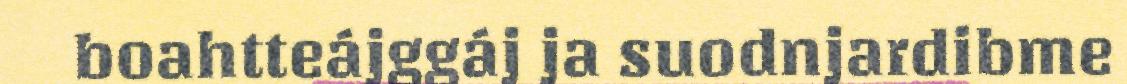
boahtteájggáj ja suodnjardibme